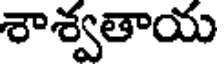
శాశ్వతాయ